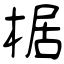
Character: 椐